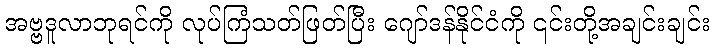
အဗ္ဗဒူလာဘုရင်ကို လုပ်ကြံသတ်ဖြတ်ပြီး ဂျော်ဒန်နိုင်ငံကို ၎င်းတို့အချင်းချင်း